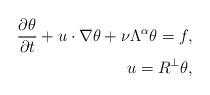
LaTeX: \begin{align*}\frac{\partial\theta}{\partial t}+u\cdot\nabla \theta+\nu\Lambda^\alpha\theta =f,\\u=R^\perp\theta,\end{align*}